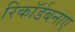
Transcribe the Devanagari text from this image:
रिकॉर्डबनाए